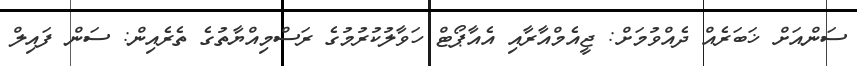
ސަންއަށް ޚަބަރެއް ދެއްވުމަށް: ޖީއެމްއާރާއި އެއާޕޯޓް ހަވާލުކުރުމުގެ ރަސްމިއްޔާތުގެ ތެރެއިން: ސަން ފައިލް